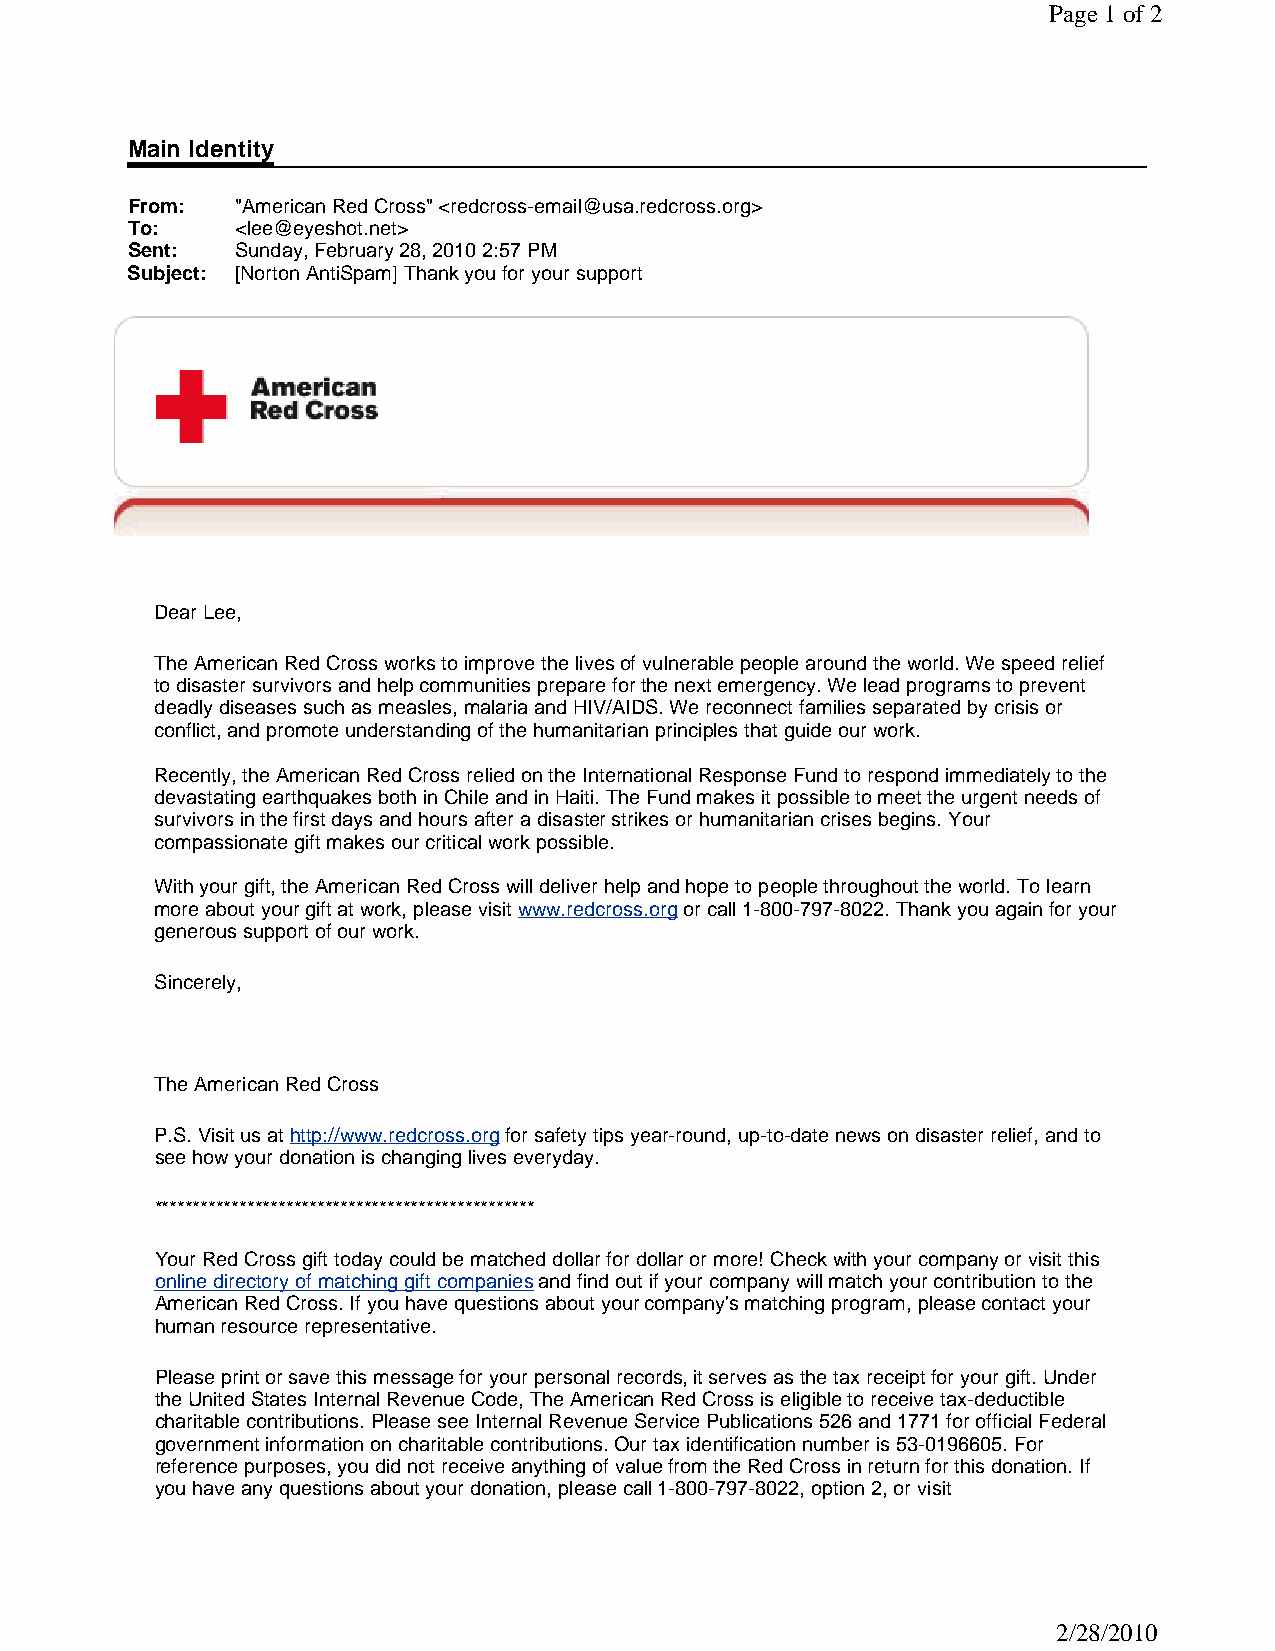
Page 1of 2
 Main Identity
 From:   "American Red Cross" <redcross-email@usa.redcross.org>
 To:     <lee@eyeshot.net>
 Sent:   Sunday, February 28, 2010 2:57 PM
 Subject: [Norton AntiSpam] Thank you for your support
 Dear Lee,
 The American Red Cross works to improve the lives of vulnerable people around the world. We speed relief
 to disaster survivors and help communities prepare for the next emergency. We lead programs to prevent
 deadly diseases such as measles, malaria and HIV/AIDS. We reconnect families separated by crisis or
 conflict, and promote understanding of the humanitarian principles that guide our work.
 Recently, the American Red Cross relied on the International Response Fund to respond immediately to the
 devastating earthquakes both in Chile and in Haiti. The Fund makes it possible to meet the urgent needs of
 survivors in the first days and hours after a disaster strikes or humanitarian crises begins. Your
 compassionate gift makes our critical work possible.
 With your gift, the American Red Cross will deliver help and hope to people throughout the world. To learn
 more about your gift at work, please visit www.redcross.org or call 1-800-797-8022. Thank you again for your
 generous support of our work.
 Sincerely,
 The American Red Cross
 P.S. Visit us at http://www.redcross.org for safety tips year-round, up-to-date news on disaster relief, and to
 see how your donation is changing lives everyday.
 *************************************************
 Your Red Cross gift today could be matched dollar for dollar or more! Check with your company or visit this
 online directory of matching gift companies and find out if your company will match your contribution to the
 American Red Cross. If you have questions about your company's matching program, please contact your
 human resource representative.
 Please print or save this message for your personal records, it serves as the tax receipt for your gift. Under
 the United States Internal Revenue Code, The American Red Cross is eligible to receive tax-deductible
 charitable contributions. Please see Internal Revenue Service Publications 526 and 1771 for official Federal
 government information on charitable contributions. Our tax identification number is 53-0196605. For
 reference purposes, you did not receive anything of value from the Red Cross in return for this donation. If
 you have any questions about your donation, please call 1-800-797-8022, option 2, or visit
 2/28/2010